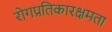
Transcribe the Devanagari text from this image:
रोगप्रतिकारक्षमता